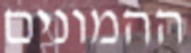
ההמונים